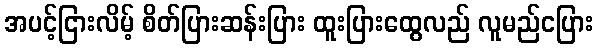
အပင့်ငြားလိမ့် စိတ်ပြားဆန်းပြား ထူးပြားထွေလည် လူမည်ငပြား